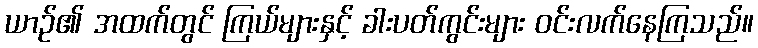
ယာဉ်၏ အထက်တွင် ကြယ်များနှင့် ခါးပတ်ကွင်းများ ဝင်းလက်နေကြသည်။